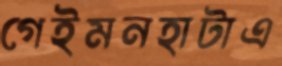
গেইমনহাটাএ